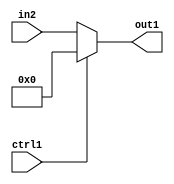
`timescale 1ps / 1ps
/*****************************************************************************
    Verilog RTL Description
    
    
    Created by: Stratus DpOpt 2019.1.01 
*******************************************************************************/

module fix2float_Muxi0s32u1_1 (
	in2,
	ctrl1,
	out1
	); /* architecture "behavioural" */ 
input [31:0] in2;
input  ctrl1;
output [31:0] out1;
wire [31:0] asc001;

reg [31:0] asc001_tmp_0;
assign asc001 = asc001_tmp_0;
always @ (ctrl1 or in2) begin
	case (ctrl1)
		1'B1 : asc001_tmp_0 = 32'B00000000000000000000000000000000 ;
		default : asc001_tmp_0 = in2 ;
	endcase
end

assign out1 = asc001;
endmodule

/* CADENCE  uLX4SAs= : u9/ySgnWtBlWxVPRXgAZ4Og= ** DO NOT EDIT THIS LINE ******/